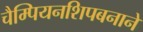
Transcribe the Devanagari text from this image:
चैम्पियनशिपबनाने